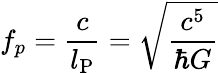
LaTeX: f_{p}={\frac{c}{l_{\mathrm{P}}}}={\sqrt{\frac{c^{5}}{\hbar G}}}